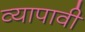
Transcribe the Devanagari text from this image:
व्यापावी